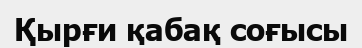
Қырғи қабақ соғысы